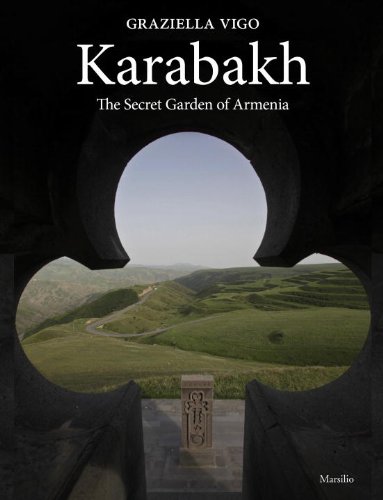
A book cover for Karabakh: The Secret Garden; Graziella Vigo; Travel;